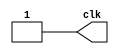
module clock(output reg clk);

initial 
begin 
	clk = 1;
end

always
begin 
	#100 clk = 0;
	#100 clk = 1;
end 
endmodule